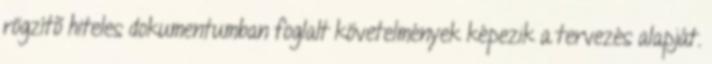
rögzítõ hiteles dokumentumban foglalt követelmények képezik a tervezés alapját.